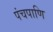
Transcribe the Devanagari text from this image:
पंचपाणि